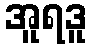
အူရဒူ